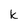
Character: k